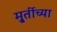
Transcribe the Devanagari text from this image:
मु्र्तीच्या